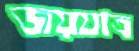
জয়যাত্র